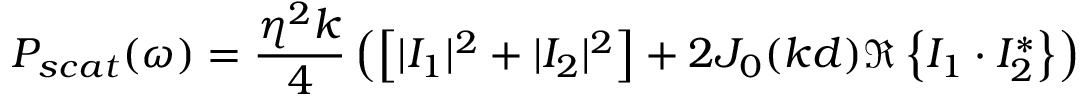
P _ { s c a t } ( \omega ) = \frac { \eta ^ { 2 } k } { 4 } \left( \left[ | I _ { 1 } | ^ { 2 } + | I _ { 2 } | ^ { 2 } \right] + 2 J _ { 0 } ( k d ) \Re \left\{ I _ { 1 } \cdot I _ { 2 } ^ { * } \right\} \right)